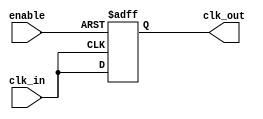
module high_fanout_clock_buffer #(
    parameter NUM_OUTPUTS = 8,    // Number of output drivers
    parameter WIDTH = 1            // Width of the clock signal (1-bit, for a single clock)
) (
    input  wire               clk_in,     // Clock input signal
    input  wire               enable,     // Enable signal to control clock output
    output reg  [WIDTH-1:0]  clk_out     // Clock output signals vector
);

// Generate the clock outputs conditionally based on enable signal
generate
    genvar i;
    for (i = 0; i < NUM_OUTPUTS; i = i + 1) begin : clock_output
        always @(posedge clk_in or negedge enable) begin
            if (!enable) begin
                clk_out[i] <= 1'b0;  // Disable clock output to 0 when enable is low
            end else begin
                clk_out[i] <= clk_in; // Drive clock output with input clock signal
            end
        end
    end
endgenerate

endmodule